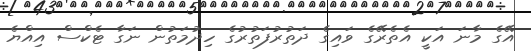
އޭގެ މާނަ އަކީ އެތެރޭގެ ވައިގެ ދަތުރުފަތުރުގެ ހިދުމަތުން ނަގާ ޓެކްސް އިއްޔެ